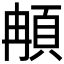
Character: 𩑺